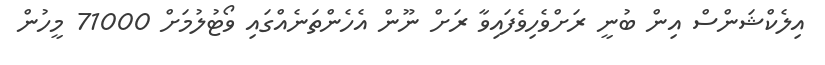
އިލެކްޝަންސް އިން ބުނީ ރަށްވެހިވެފައިވާ ރަށް ނޫން އެހެންތަނެއްގައި ވޯޓުލުމަށް 71000 މީހުން